Madras plague regulations and rules for the city of Madras
Disease focus: Plague
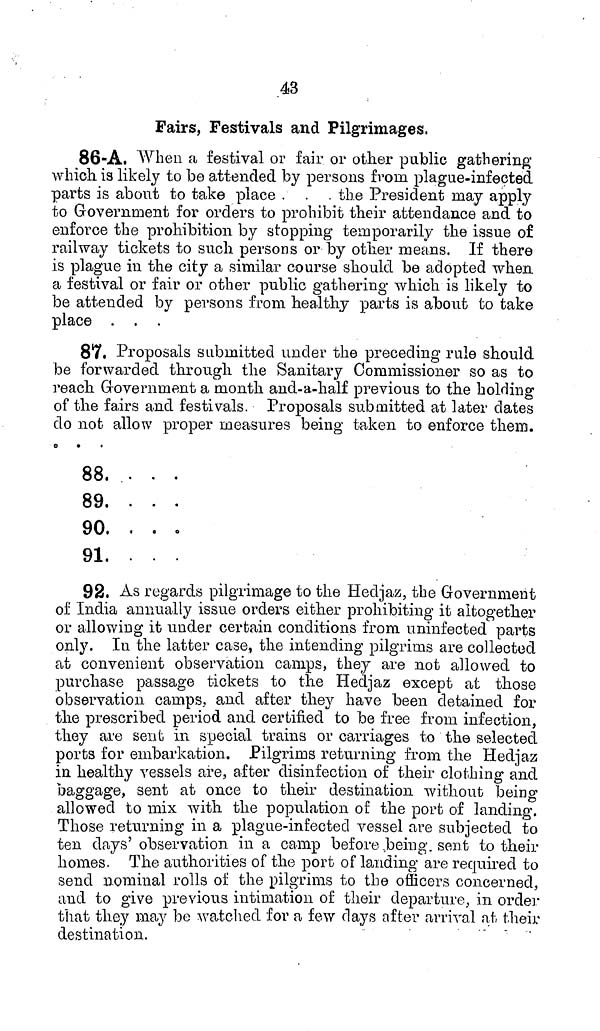
43
Fairs, Festivals and Pilgrimages,
86-A. When a festival or fair or other public gathering
which is likely to be attended by persons from plague-infected
parts is about to take place . . . the President may apply
to Government for orders to prohibit their attendance and to
enforce the prohibition by stopping temporarily the issue of
railway tickets to such persons or by other means. If there
is plague in the city a similar course should be adopted when
a festival or fair or other public gathering which is likely to
be attended by persons from healthy parts is about to take
place . , .
87. Proposals submitted under the preceding rule should
be forwarded through the Sanitary Commissioner so as to
reach Government a month and-a-half previous to the holding
of the fairs and festivals. Proposals submitted at later dates
do not allow proper measures being taken to enforce them.
O
O
•
88. ...
89. ...
90. . . .
91. ...
92. As regards pilgrimage to the Hedjaz, the Government
of India annually issue orders either prohibiting it altogether
or allowing it under certain conditions from uninfected parts
only. In the latter case, the intending pilgrims are collected
at convenient observation camps, they are not allowed to
purchase passage tickets to the Hedjaz except at those
observation camps, and after they have been detained for
the prescribed period and certified to be free from infection,
they are sent in special trains or carriages to the selected
ports for embarkation. Pilgrims returning from the Hedjaz
in healthy vessels are, after disinfection of their clothing and
baggage, sent at once to their destination without being
allowed to mix with the population of the port of landing.
Those returning in a plague-infected vessel are subjected to
ten days' observation in a camp before being. sent to their
homes. The authorities of the port of landing are required to
send nominal rolls of the pilgrims to the officers concerned,
and to give previous intimation of their departure, in order
that they may be watched for a few days after arrival at their
destination.